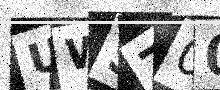
Text: UW5Z00